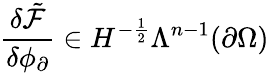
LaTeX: \frac{\delta\tilde{\mathcal{F}}}{\delta\phi_{\partial}}\in H^{-\frac{1}{2}}\Lambda^{n-1}(\partial\Omega)